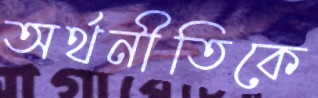
অর্থনীতিকে